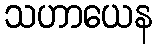
သဟာယေန